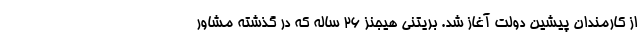
از کارمندان پیشین دولت آغاز شد. بریتنی هیجنز ۲۶ ساله که در گذشته مشاور